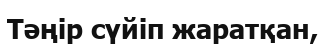
Тәңір сүйіп жаратқан,